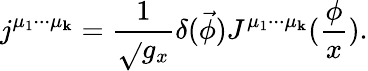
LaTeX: j^{\mu_{1}\cdot\cdot\cdot\mu_{\mathbf{k}}}=\frac{1}{{\sqrt{}{{g_{x}}}}}\delta(\vec{{\phi}})J^{\mu_{1}\cdot\cdot\cdot\mu_{\mathbf{k}}}(\frac{\phi}{x}).